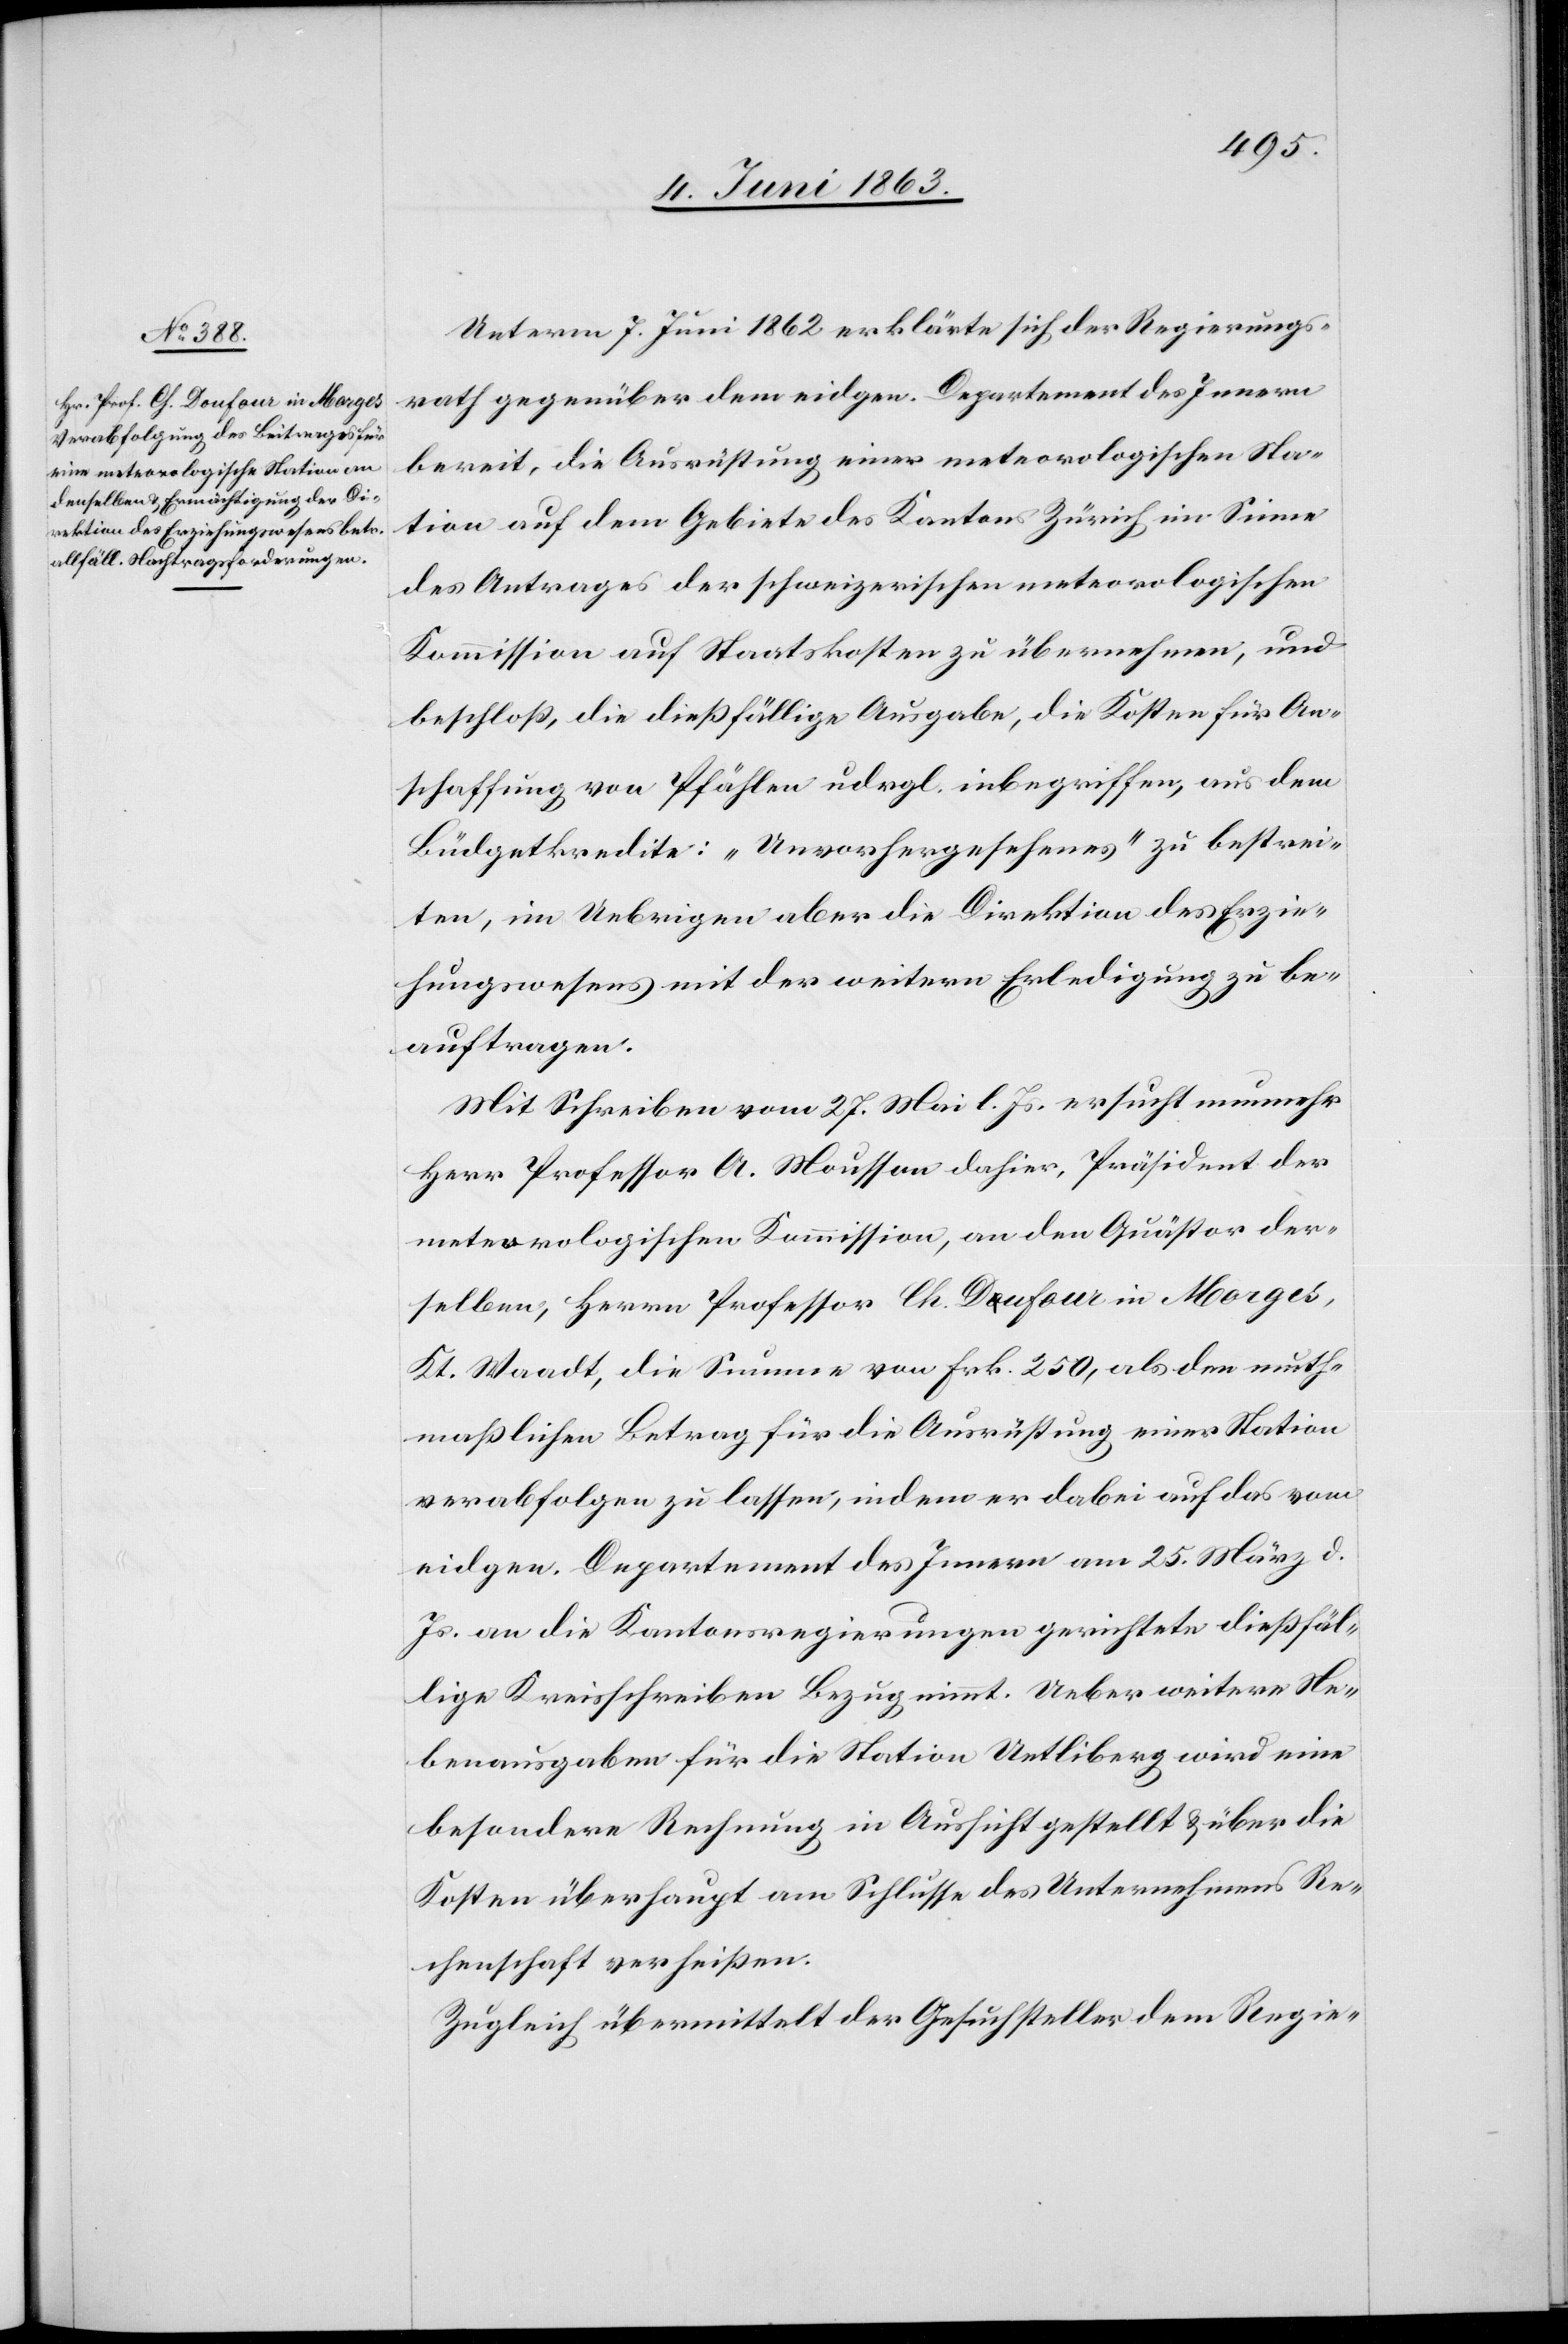
Unterm 7. Juni 1862 erklärte sich der Regierungs¬
rath gegenüber dem eidgen. Departement des Innern
bereit, die Ausrüstung einer meteorologischen Sta¬
tion auf dem Gebiete des Kantons Zürich im Sinne
des Antrages der schweizerischen meteorologischen
Kommission auf Staatskosten zu übernehmen, und
beschloß, die dießfällige Ausgabe, die Kosten für An¬
schaffung von Pfählen udrgl. inbegriffen, aus dem
Büdgetkredite: „Unvorhergesehenes“ zu bestrei¬
ten, im Uebrigen aber die Direktion des Erzie¬
hungswesens mit der weitern Erledigung zu be¬
auftragen.
Mit Schreiben vom 27. Mai l. Js. ersucht nunmehr
Herr Professor A. Mousson dahier, Präsident der
meteorologischen Kommission, an den Quästor der¬
selben, Herrn Professor Ch. a-Doufour Dufour-a in Morges,
Kt. Waadt, die Summe von Frk. 250, als den muth¬
maßlichen Betrag für die Ausrüstung einer Station
verabfolgen zu lassen, indem er dabei auf das vom
eidgen. Departement des Innern am 25. März d.
Js. an die Kantonsregierungen gerichtete dießfäl¬
lige Kreisschreiben Bezug nimmt. Ueber weitere Ne¬
benausgaben für die Station Uetliberg wird eine
besondere Rechnung in Aussicht gestellt & über die
Kosten überhaupt am Schlusse des Unternehmens Re¬
chenschaft verheißen.
Zugleich übermittelt der Gesuchsteller dem Regie-